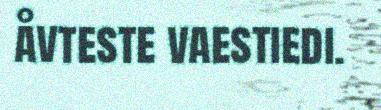
åvteste vaestiedi.